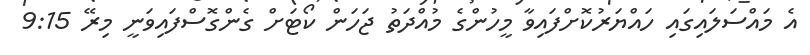
އެ މައްސަަލައިގައި ހައްޔަރުކޮށްފައިވާ މީހުންގެ މުއްދަތު ޖަހަން ކޯޓަށް ގެންގޮސްފައިވަނީ މިރޭ 9:15